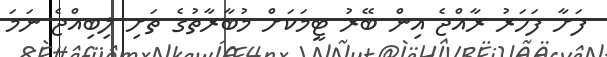
ފަށާ ފަހަރު ރާއްޖެ އިން ބޭރު ޓީމަކަށް މުބާރާތުގެ ތަށި ލިބިއްޖެ ނަމަ